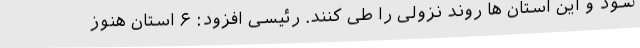
شود و این استان ها روند نزولی را طی کنند. رئیسی افزود: ۶ استان هنوز